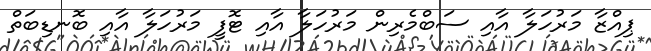
ޕިއްޒާ މަރުހަލާ އާއި ސަބްމެރިން މަރުހަލާ އާއި ޓޮފީ މަރުހަލާ އާއި ބޮނޑިބަތް